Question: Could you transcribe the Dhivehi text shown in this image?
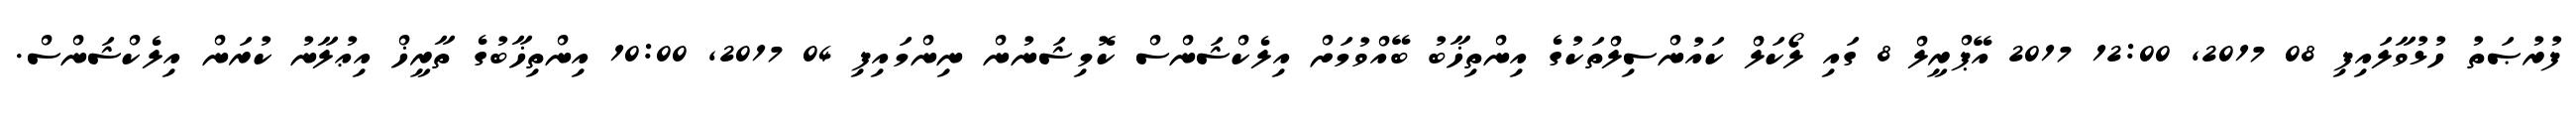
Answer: ފުރުޞަތު ހުޅުވާލައިފި 08 2017, 12:00 2017 އޭޕްރީލް 8 ގައި ލޯކަލް ކައުންސިލްތަކުގެ އިންތިޚާބު ބޭއްވުމަށް އިލެކްޝަންސް ކޮމިޝަނުން ނިންމައިފި 04 2017, 10:00 އިންތިޚާބުގެ ތާރީޚް އިޢުލާނު ކުރަން އިލެކްޝަންސް.